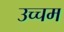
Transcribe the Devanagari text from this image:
उच्चम